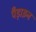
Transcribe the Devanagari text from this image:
पँड़ाइन